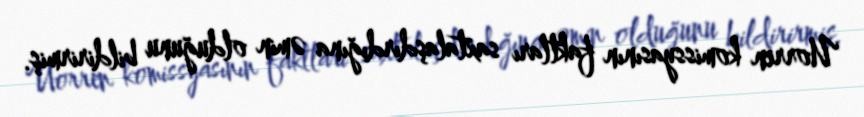
Uorren komissyasının faktları saxtalaşdırdığına əmin olduğunu bildirirmiş.